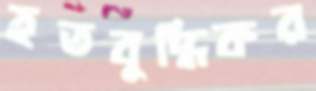
হতবুদ্ধিকর